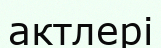
актлері